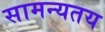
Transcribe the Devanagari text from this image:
सामन्यतय